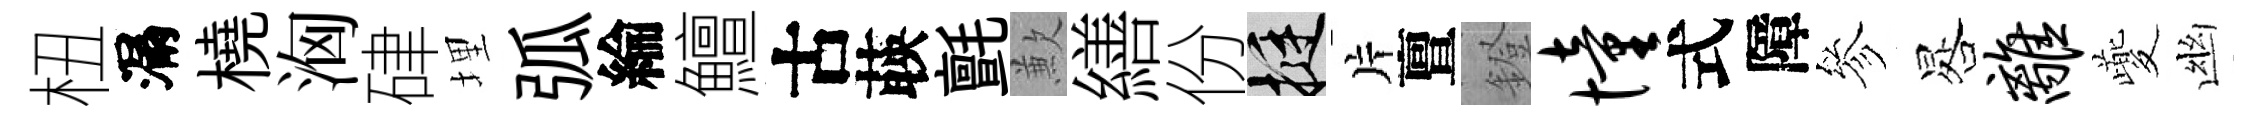
杻漏橈洶硉埋弧綸鱣古𦴤氈歉繕份挺片亶鐙憧式障參晷离夔幽